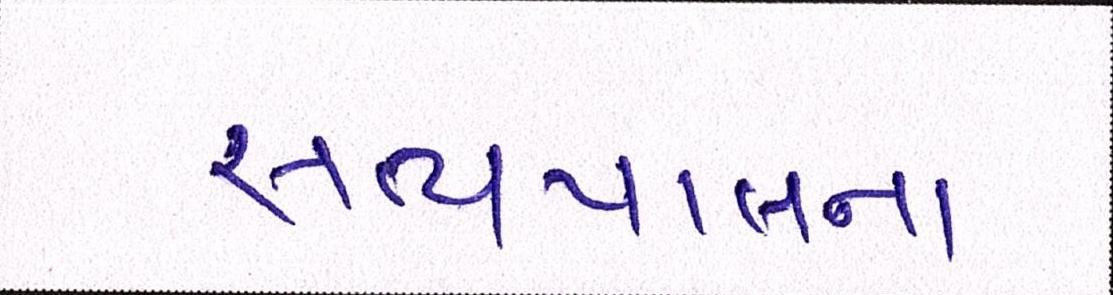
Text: સત્યપાલના